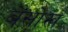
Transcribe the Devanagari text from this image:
बेसोख